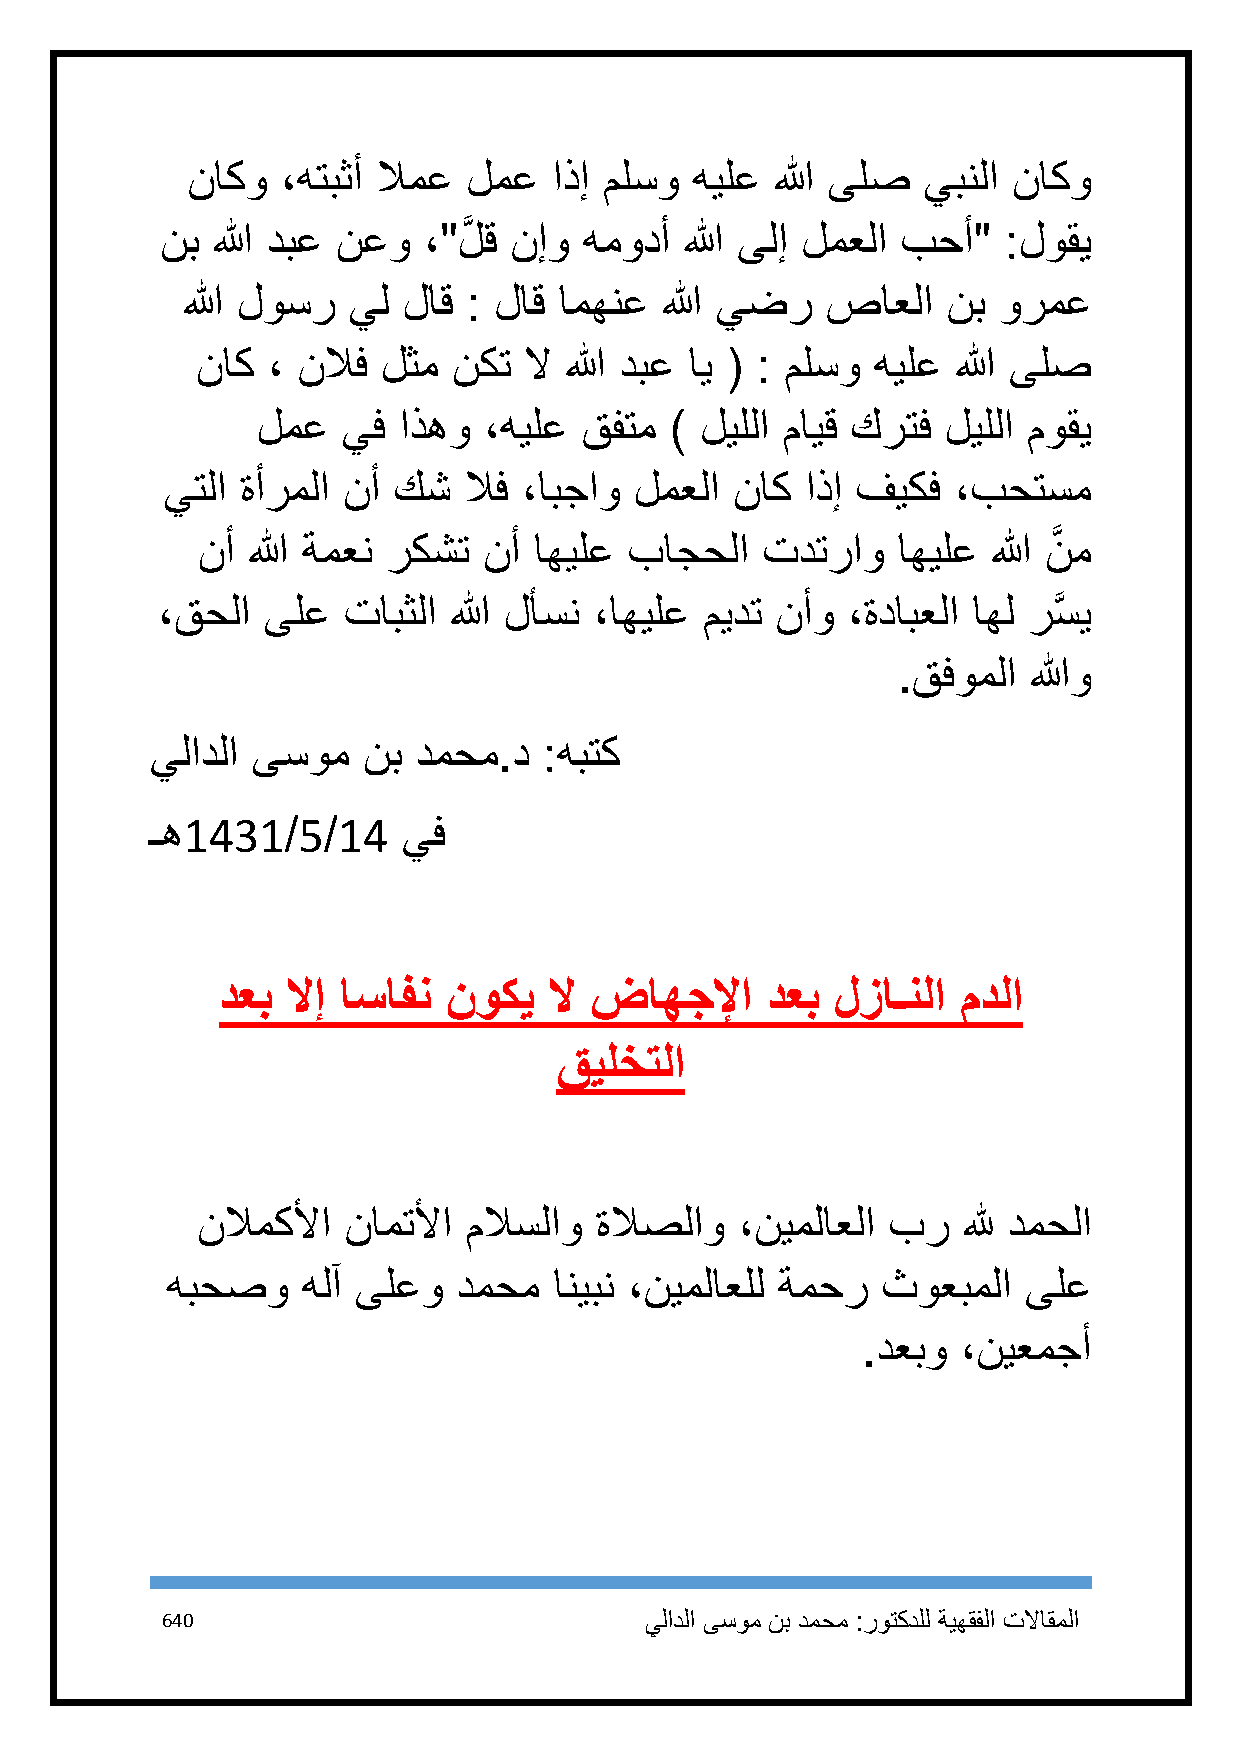
ناكو   ،هتبثأ لامع لمع   اذإ ملسو هيلع الله ىلص  يبنلا ناكو
 نب الله دبع نعو  ،" لَّ ق نإو همودأ الله ىلإ لمعلا بحأ" :لوقي
 الله لوسر  يل  لاق : لاق امهنع  الله يضر   صاعلا   نب ورمع
 ناك  ، نلاف لثم  نكت  لا الله دبع اي ( : ملسو هيلع الله ىلص
 لمع   يف اذهو  ،هيلع قفتم  ) ليللا مايق كرتف  ليللا موقي
 يتلا ةأرملا نأ كش   لاف ،ابجاو لمعلا  ناك اذإ فيكف  ،بحتسم
 نأ الله ةمعن ركشت  نأ اهيلع  باجحلا  تدتراو   اهيلع  الله نَّ م
 ،قحلا  ىلع   تابثلا الله لأسن ،اهيلع ميدت نأو ،ةدابعلا اهل رسَّ ي
 .قفوملا  اللهو
 يلادلا ىسوم   نب دمحم.د   :هبتك
 ـه1431/5/14      يف
 دعب لاإ اسافن  نوكي  لا ضاهجلإا     دعب لزاـنلا  مدلا
 قيلختلا
 نلامكلأا  نامتلأا ملاسلاو ةلاصلاو   ،نيملاعلا بر   لله دمحلا
 هبحصو    هلآ ىلعو  دمحم   انيبن ،نيملاعلل ةمحر ثوعبملا   ىلع
 .دعبو  ،نيعمجأ
 641                             يلادلا ىسوم نب دمحم :روتكدلل ةيهقفلا تلااقملا